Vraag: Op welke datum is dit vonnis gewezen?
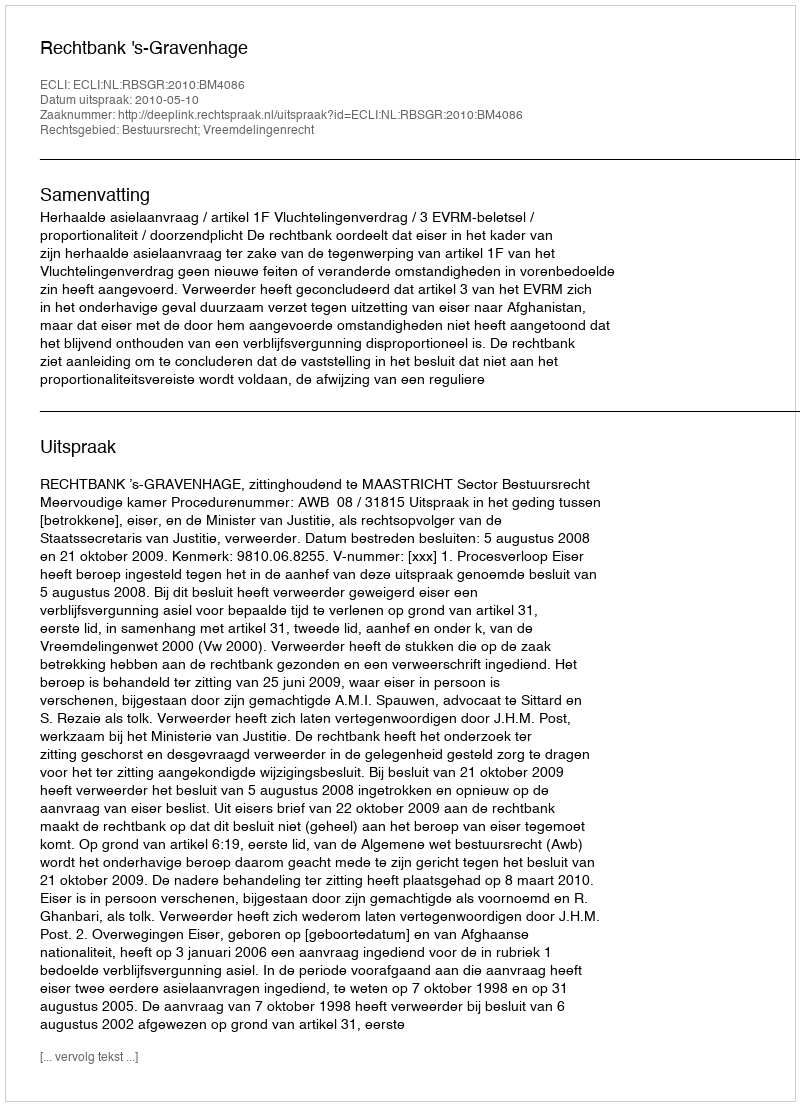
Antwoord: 2010-05-10